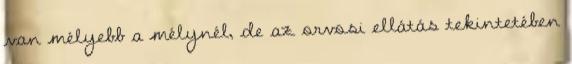
van mélyebb a mélynél, de az orvosi ellátás tekintetében